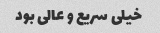
خیلی سریع و عالی بود